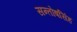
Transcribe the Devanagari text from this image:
सन्तोषसिंह